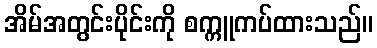
အိမ်အတွင်းပိုင်းကို စက္ကူကပ်ထားသည်။